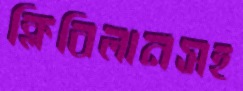
ক্লিবিলানসহ